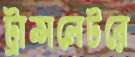
ট্রান্সলেটরে